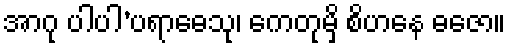
အာဂု ပါပါ’ပရာဓေသု၊ ကေတုမှိ စိဟနေ ဓဇော။